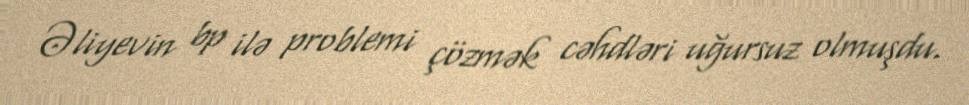
Əliyevin bp ilə problemi çözmək cəhdləri uğursuz olmuşdu.